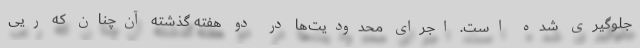
جلوگیری شده است. اجرای محدودیت‌ها در دو هفته گذشته آن‌چنان که ریی